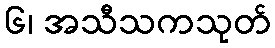
၆၊ အသီသကသုတ်